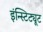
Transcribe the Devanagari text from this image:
इंन्स्टिट्यूट